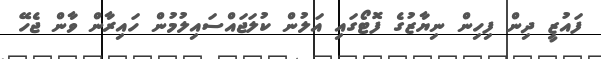
ފައުޒީ ދިން ފިހިން ނިޔާޒުގެ ފޮޓޯގައި އަލުން ކުލަޖައްސައިލުމުން ހައިރާން ވާން ޖެހޭ